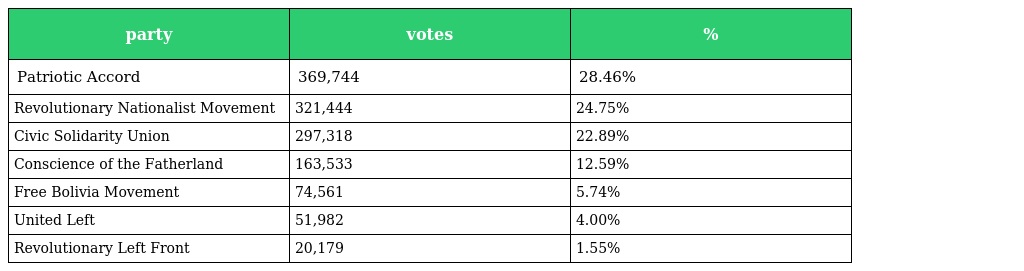
| party | votes | % |
 | --- | --- | --- |
 | Patriotic Accord | 369,744 | 28.46% |
 | Revolutionary Nationalist Movement | 321,444 | 24.75% |
 | Civic Solidarity Union | 297,318 | 22.89% |
 | Conscience of the Fatherland | 163,533 | 12.59% |
 | Free Bolivia Movement | 74,561 | 5.74% |
 | United Left | 51,982 | 4.00% |
 | Revolutionary Left Front | 20,179 | 1.55% |